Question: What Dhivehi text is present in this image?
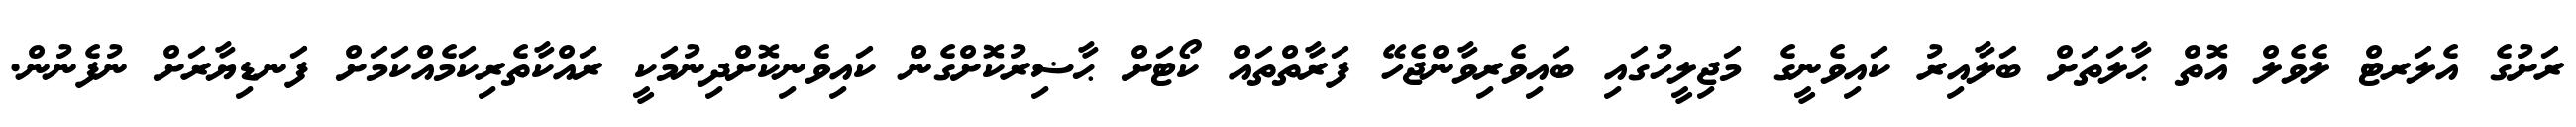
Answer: ރަށުގެ އެލަރޓް ލެވެލް އޮތް ޙާލަތަށް ބަލާއިރު ކައިވެނީގެ މަޖިލީހުގައި ބައިވެރިވާންޖެހޭ ފަރާތްތައް ކޯޓަށް ޙާޟިރުކޮށްގެން ކައިވެނިކޮށްދިނުމަކީ ރައްކާތެރިކަމެއްކަމަށް ފަނޑިޔާރަށް ނުފެނުން.